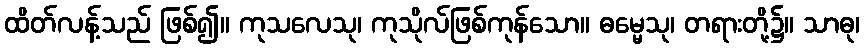
ထိတ်လန့်သည် ဖြစ်၍။ ကုသလေသု၊ ကုသိုလ်ဖြစ်ကုန်သော။ ဓမ္မေသု၊ တရားတို့၌။ သာဓု၊